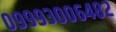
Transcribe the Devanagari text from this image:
०९९९३००६४८२